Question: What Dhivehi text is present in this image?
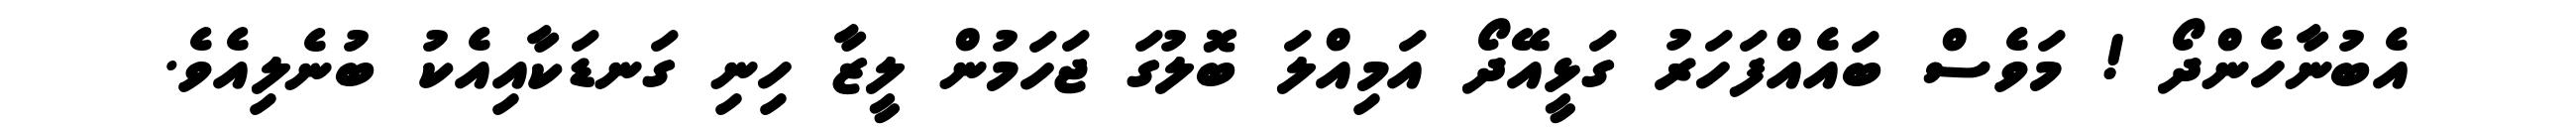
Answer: އެބުނާހެންދޯ ! މަވެސް ބައެއްފަހަރު ގަޅީއޭދޯ އަމިއްލަ ބޮލުގަ ޖަހަމުން ލީޒާ ހިނި ގަނޑަކާއިއެކު ބުނެލިއެވެ.